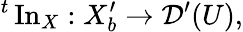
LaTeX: {}^{t}\operatorname{In}_{X}:X_{b}^{\prime}\to{\mathcal{D}}^{\prime}(U),